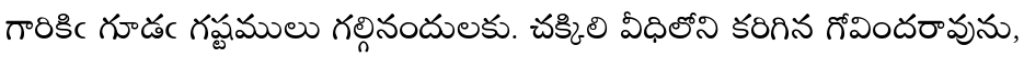
గారికిఁ గూడఁ గష్టములు గల్గినందులకు. చక్కిలి వీధిలోని కరిగిన గోవిందరావును,